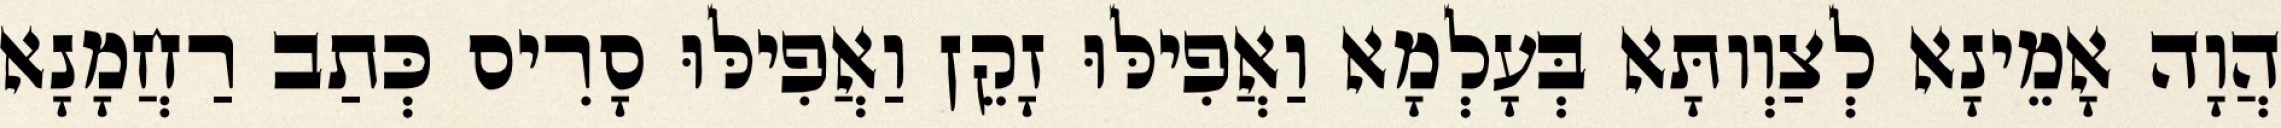
הֲוָה אָמֵינָא לְצַוְותָּא בְּעָלְמָא וַאֲפִילּוּ זָקֵן וַאֲפִילּוּ סָרִיס כְּתַב רַחֲמָנָא